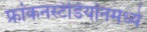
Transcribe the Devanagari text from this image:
फ्रांकनस्टेडियोनमध्ये